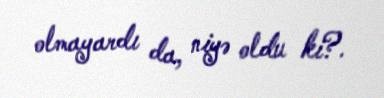
olmayardı da, niyə oldu ki?.